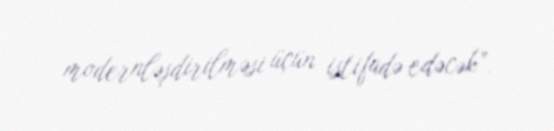
modernləşdirilməsi üçün istifadə edəcək”.